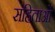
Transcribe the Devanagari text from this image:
संहिताआें